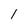
Character: I